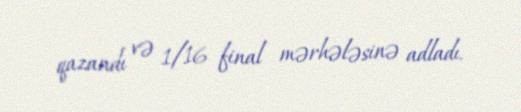
qazandı və 1/16 final mərhələsinə adladı.